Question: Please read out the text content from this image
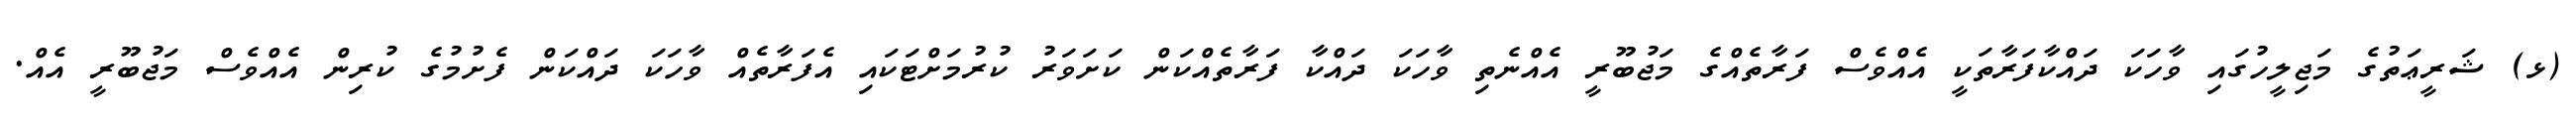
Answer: (ޅ) ޝަރީޢަތުގެ މަޖިލީހުގައި ވާހަކަ ދައްކާފަރާތަކީ އެއްވެސް ފަރާތެއްގެ މަޖުބޫރީ އެއްނެތި ވާހަކަ ދައްކާ ފަރާތެއްކަން ކަށަވަރު ކުރުމަށްޓަކައި އެފަރާތެއް ވާހަކަ ދައްކަން ފެށުމުގެ ކުރިން އެއްވެސް މަޖުބޫރީ އެއް.